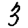
Digit: 3